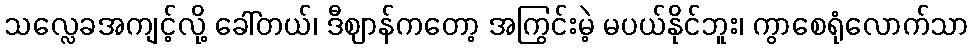
သလ္လေခအကျင့်လို့ ခေါ်တယ်၊ ဒီဈာန်ကတော့ အကြွင်းမဲ့ မပယ်နိုင်ဘူး၊ ကွာစေရုံလောက်သာ